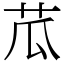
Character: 苽